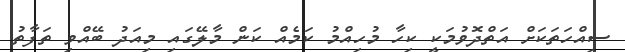
ސިއްހަތަކަށް އަތްދޮވުމަކީ ކިހާ މުހިއްމު ކަމެއް ކަން މާލޭގައި މިއަދު ބޭއްވި ތަފާތު